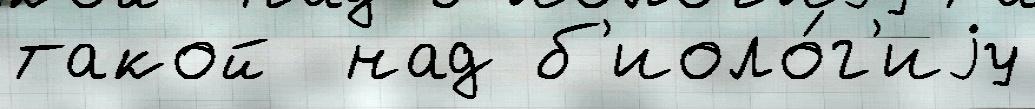
такой  над б'иоло́г'иjу